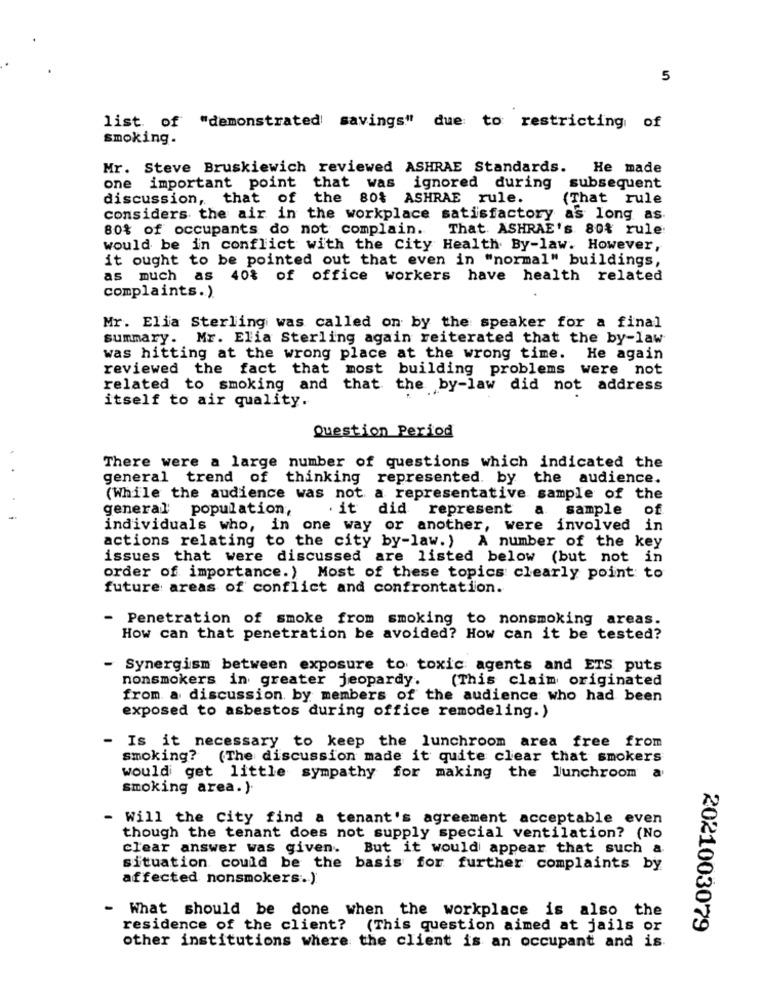
5
list of "demonstrated savings" due to restricting of
smoking.
Mr. Steve Bruskiewich reviewed ASHRAE Standards. He made
one important point
that was ignored during subsequent
discussion, that of
the 80% ASHRAE rule.
(That rule
considers the air in the workplace satisfactory as long as.
80% of occupants do not complain.
That. ASHRAE's 80% rule:
would be in conflict with the City Health By-law. However,
it ought to be pointed out that even in "normal" buildings,
as much as 40% of office workers have health related
complaints.)
Mr. Elia Sterling was called on by the speaker for a final
summary. Mr. Elia Sterling again reiterated that the by-law
was hitting at the wrong place at the wrong time. He again
reviewed the fact that most building problems were not
related to smoking and that the by-law did not address
itself to air quality.
Question Period
There were a large number of questions which indicated the
general trend of thinking represented. by the audience.
(While the audience was not a representative sample of the
general population,
. it did represent
a
sample
of
individuals who, in one way or another, were involved in
actions relating to the city by-law.) A number of the key
issues that were discussed are listed below (but not in
order of importance.) Most of these topics clearly point to
future areas of conflict and confrontation.
- Penetration of smoke from smoking to nonsmoking areas.
How can that penetration be avoided? How can it be tested?
- Synergism between exposure to toxic agents and ETS puts
nonsmokers in greater jeopardy.
(This claim originated
from a discussion by members of the audience who had been
exposed to asbestos during office remodeling.)
Is it necessary to keep the lunchroom area free from
smoking? (The discussion made it quite clear that smokers
would get little sympathy for making the lunchroom
a
smoking area.)
- Will the city find a tenant's agreement acceptable even
though the tenant does not supply special ventilation? (No
clear answer was given.
But it would appear that such a
situation could be the basis for further complaints by
affected nonsmokers. )
- What should be done when the workplace is also the
residence of the client?
(This question aimed at jails or
2021003079
other institutions where the client is an occupant and is.